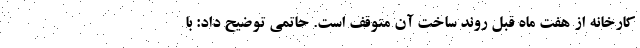
کارخانه از هفت ماه قبل روند ساخت آن متوقف است. حاتمی توضیح داد: با